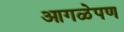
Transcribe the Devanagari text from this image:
आगळेपण